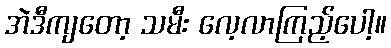
အဲဒီကျတော့ သမီး လေ့လာကြည့်ပေါ့။